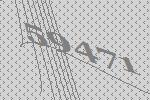
59471